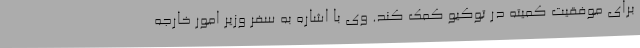
برای موفقیت کمیته در توکیو کمک کند. وی با اشاره به سفر وزیر امور خارجه